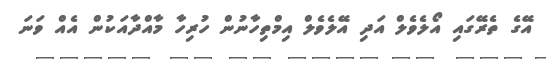
އޭގެ ތެރޭގައި އޯލެވެލް އަދި އޭލެވެލް އިމްތިހާނުން ހުރިހާ މާއްދާއަކުން އެއް ވަނަ